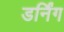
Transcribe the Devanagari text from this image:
डर्निंग